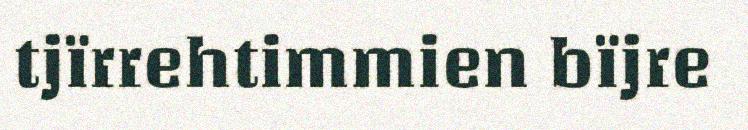
tjïrrehtimmien bïjre